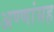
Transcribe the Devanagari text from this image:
अण्णांसह